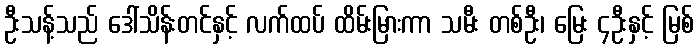
ဦးသန့်သည် ဒေါ်သိန်းတင်နှင့် လက်ထပ် ထိမ်းမြားကာ သမီး တစ်ဦး၊ မြေး ၄ဦးနှင့် မြစ်